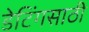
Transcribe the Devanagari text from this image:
डेटिंगसाठी